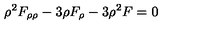
\rho ^ { 2 } F _ { \rho \rho } - 3 \rho F _ { \rho } - 3 \rho ^ { 2 } F = 0